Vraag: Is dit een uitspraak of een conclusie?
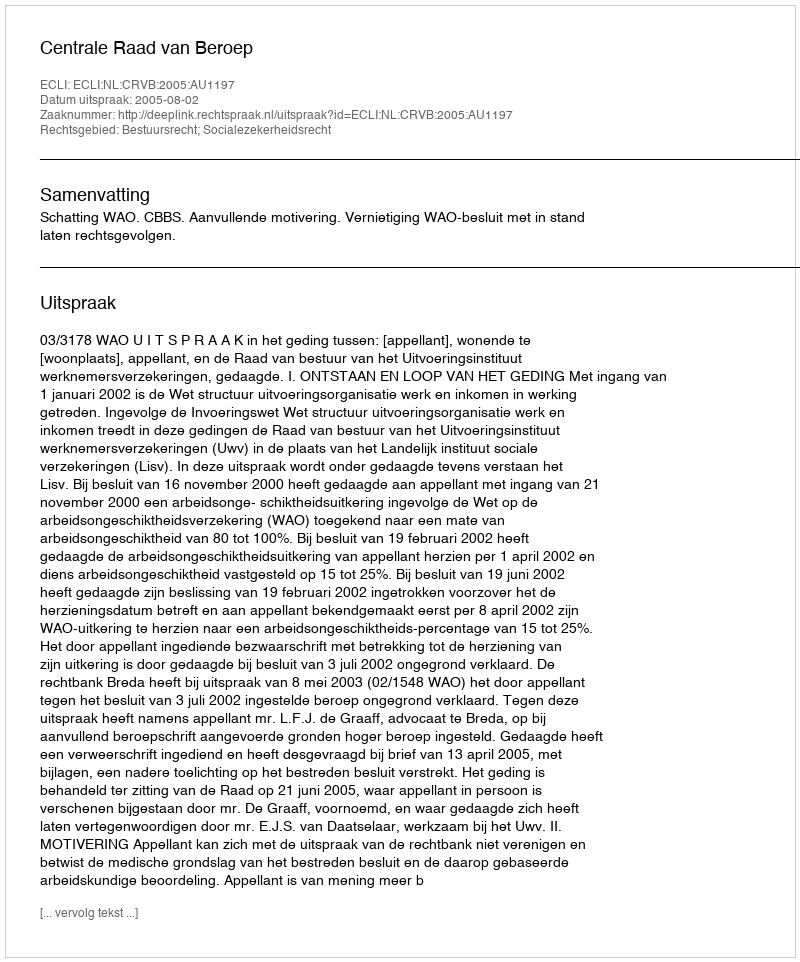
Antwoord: Uitspraak